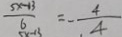
\frac { 5 x - 1 3 } { 6 } = - \frac { 4 } { 4 }